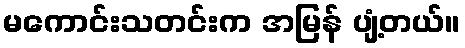
မကောင်းသတင်းက အမြန် ပျံ့တယ်။